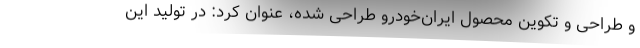
و طراحی و تکوین محصول ایران‌خودرو طراحی شده، عنوان کرد: در تولید این